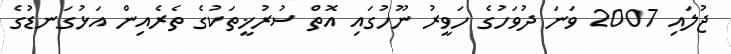
ޖުލައި 2007 ވަނަ ދުވަހުގެ ހަވީރު ނޫހުގައި އޮތް ސުރުޚީތަކުގެ ތެރެއިން އަޅުގަނޑުގެ